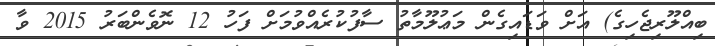
ބިއްލޫރިޖެހިގެ) އަށް ވަޑައިގެން މަޢުލޫމާތު ސާފުކުރެއްވުމަށް ފަހު 12 ނޮވެންބަރު 2015 ވާ